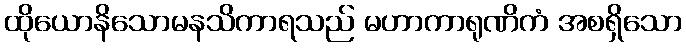
ထိုယောနိသောမနသိကာရသည် မဟာကာရုဏိကံ အစရှိသော